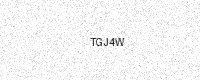
Text: TGJ4W